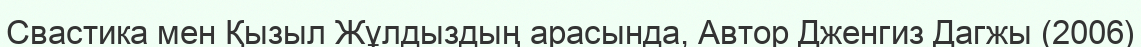
Свастика мен Қызыл Жұлдыздың арасында, Автор Дженгиз Дагжы (2006)